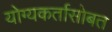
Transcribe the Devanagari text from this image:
योग्यकर्तासोबत